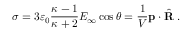
\sigma = 3 \varepsilon _ { 0 } { \frac { \kappa - 1 } { \kappa + 2 } } E _ { \infty } \cos \theta = { \frac { 1 } { V } } \mathbf { p } \cdot { \hat { \mathbf { R } } } \ .